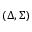
\left( \Delta , \Sigma \right)